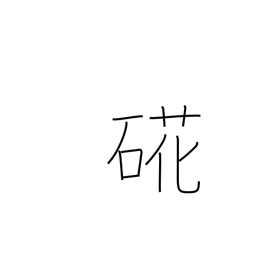
Meaning: oyster